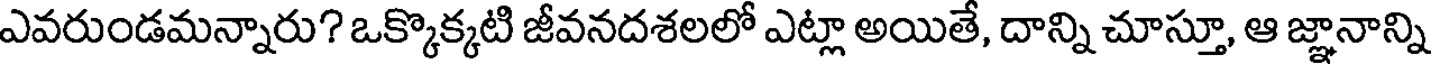
ఎవరుండమన్నారు? ఒక్కొక్కటి జీవనదశలలో ఎట్లా అయితే, దాన్ని చూస్తూ, ఆ జ్ఞానాన్ని